Civil Veterinary Department. United Provinces 1932-42 - 1932-1942
Year: 1932
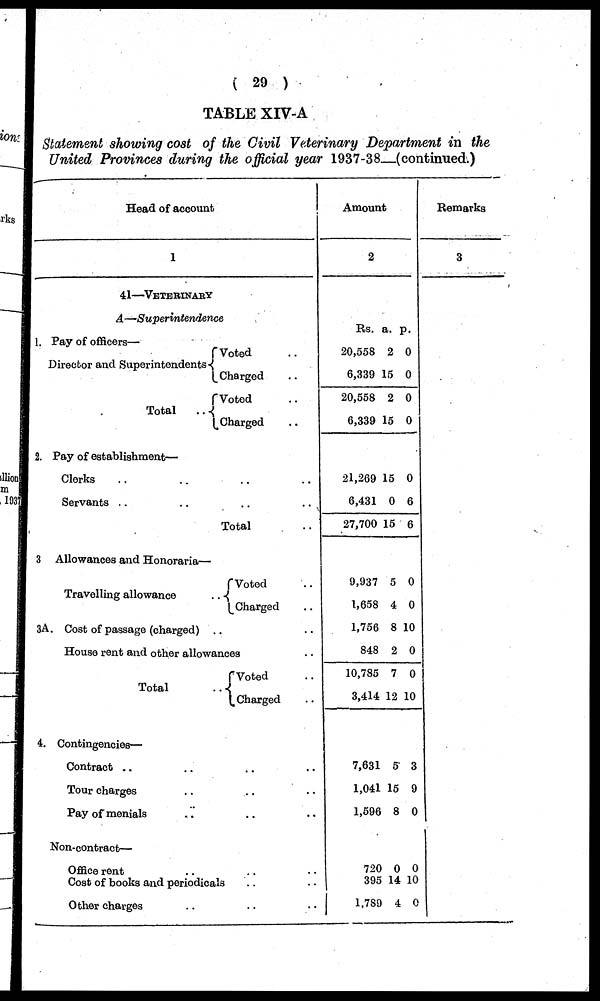
(29)
TABLE XIV-A
Statement showing cost of the Civil Veterinary Department in the
United Provinces during the official year 1937-38—(continued.)
Head of account
1
41—VETERINARY
A—Superintendence
1. Pay of officers—
Director and Superintendents
Total
..
Voted ..
Charged ..
Voted ..
Charged ..
2. Pay of establishment—
Clerks .. .. .. ..
Servants .. .. .. ..
Total ..
3 Allowances and Honoraria—
Travelling allowance
..
Voted ..
Charged ..
3A. Cost of passage (charged) .. ..
House rent and other allowances ..
Total
..
Voted ..
Charged ..
4. Contingencies—
Contract .. .. .. ..
Tour charges .. .. ..
Pay of menials .. .. ..
Non-contract—
Office rent .. .. ..
Cost of books and periodicals .. ..
Other charges .. .. ..
Amount
2
Rs.
20,558
6,339
20,558
6,339
21,269
6,431
27,700
9,937
1,658
1,756
848
10,785
3,414
7,631
1,041
1,596
720
395
1,789
a.
2
15
2
15
15
0
15
5
4
8
2
7
12
5
15
8
0
14
4
p.
0
0
0
0
0
6
6
0
0
10
0
0
10
3
9
0
0
10
0
Remarks
3